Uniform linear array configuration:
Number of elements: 8
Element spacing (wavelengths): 0.75
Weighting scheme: exponential
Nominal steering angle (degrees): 30
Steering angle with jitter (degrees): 28.415
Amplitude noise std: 0.05
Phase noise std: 0.05

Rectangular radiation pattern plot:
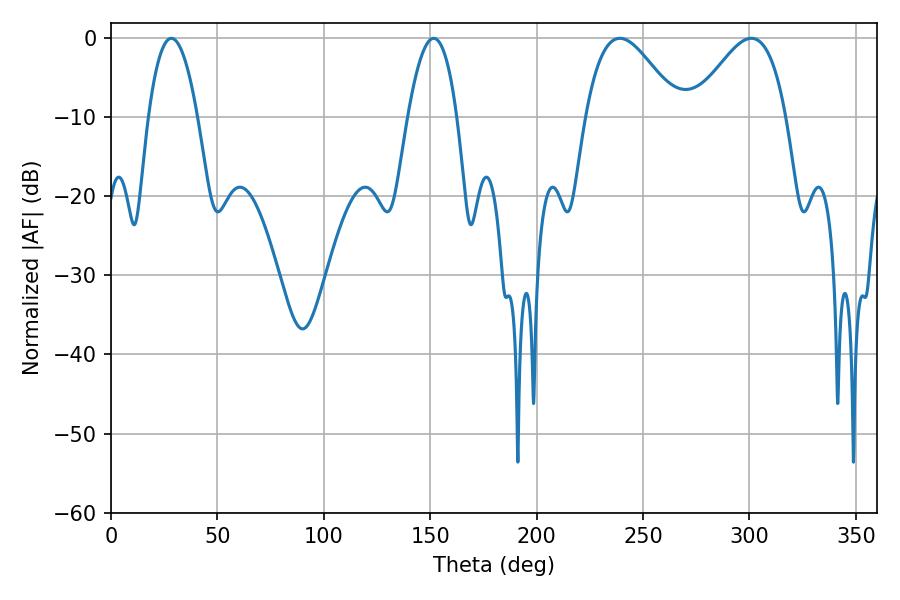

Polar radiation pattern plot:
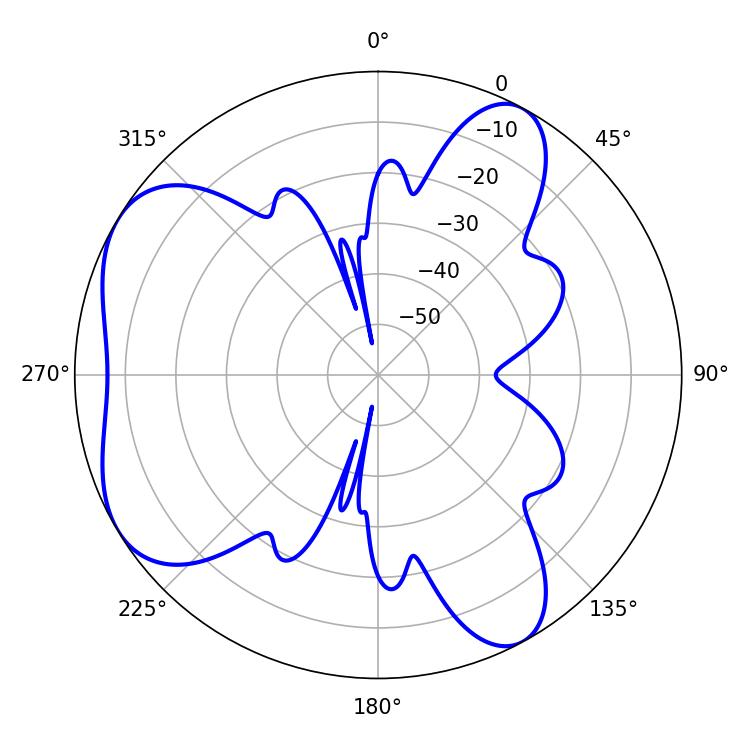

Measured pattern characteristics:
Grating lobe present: TRUE
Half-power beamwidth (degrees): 23.4
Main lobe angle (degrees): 239.04